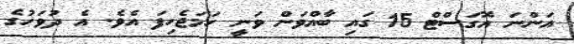
އަންނަ އޮގަސްޓް 15 ގައި ބާއްވަން ވަނީ ހަމަޖެހިފަ އެވެ. އެ ދުވަހުގެ